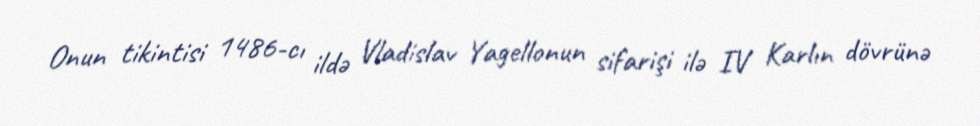
Onun tikintisi 1486-cı ildə Vladislav Yagellonun sifarişi ilə IV Karlın dövrünə